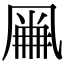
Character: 𠙘